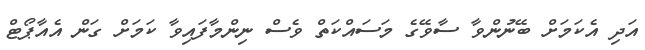
އަދި އެކަމަށް ބޭނުންވާ ސާވޭގެ މަސައްކަތް ވެސް ނިންމާފައިވާ ކަމަށް ގަން އެއާޕޯޓް